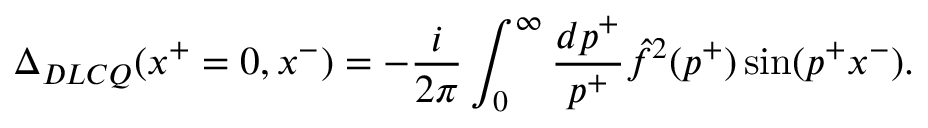
\Delta _ { D L C Q } ( x ^ { + } = 0 , x ^ { - } ) = - { \frac { i } { 2 \pi } } \int _ { 0 } ^ { \infty } { \frac { d p ^ { + } } { p ^ { + } } } \hat { f } ^ { 2 } ( p ^ { + } ) \sin ( p ^ { + } x ^ { - } ) .